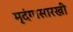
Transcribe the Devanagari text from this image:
मृदंगासारखी